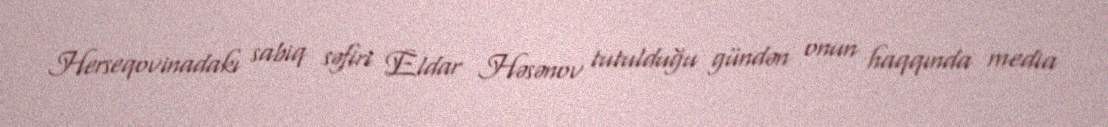
Herseqovinadakı sabiq səfiri Eldar Həsənov tutulduğu gündən onun haqqında media